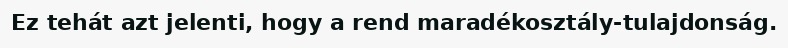
Ez tehát azt jelenti, hogy a rend maradékosztály-tulajdonság.